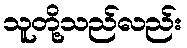
သူတို့သည်လည်း